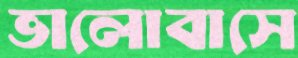
ভালোবাসে